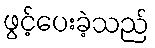
ဖွင့်ပေးခဲ့သည်